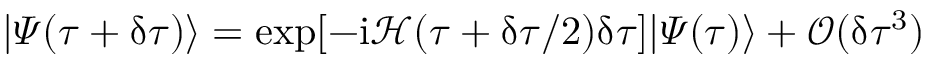
| \varPsi ( \tau + \updelta \tau ) \rangle = \exp [ - \mathrm { i } \mathcal { H } ( \tau + \updelta \tau / 2 ) \updelta \tau ] | \varPsi ( \tau ) \rangle + \mathcal { O } ( \updelta \tau ^ { 3 } )